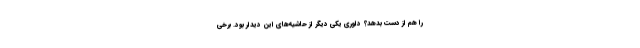
را هم از دست بدهد؟ داوری یکی دیگر از حاشیه‌های این دیدار بود. برخی